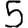
Digit: 5